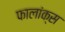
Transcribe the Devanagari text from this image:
फालांक्स